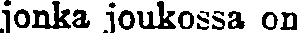
jonka joukossa on